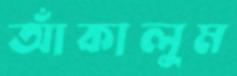
আঁকালুম